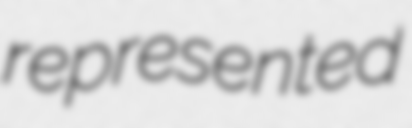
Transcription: represented